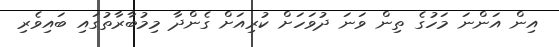
އިން އަންނަ މަހުގެ ތިން ވަނަ ދުވަހަށް ކުރިއަށް ގެންދާ މިމުބާރާތުގައި ބައިވެރި